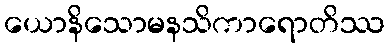
ယောနိသောမနသိကာရောတိဿ